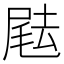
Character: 𡲨